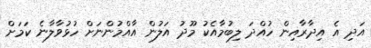
އަދި އެ އިދާރާއިން ހުއްދަ ލިބުމާއެކު މޫދު އަލުން އާއްމުންނަށް ހުޅުވާލާނެ ކަމަށް